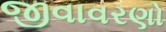
જીવાવરણો